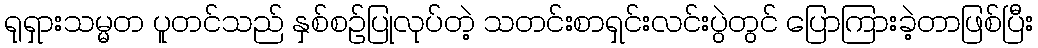
ရုရှားသမ္မတ ပူတင်သည် နှစ်စဉ်ပြုလုပ်တဲ့ သတင်းစာရှင်းလင်းပွဲတွင် ပြောကြားခဲ့တာဖြစ်ပြီး